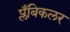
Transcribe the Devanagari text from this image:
प्लँबिकलर